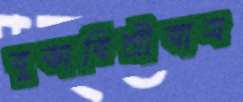
বুঝাবিশ্রীবাস